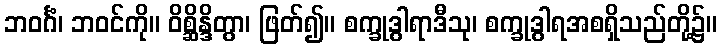
ဘဝင်္ဂံ၊ ဘဝင်ကို။ ဝိစ္ဆိန္ဒိတွာ၊ ဖြတ်၍။ စက္ခုဒွါရာဒီသု၊ စက္ခုဒွါရအစရှိသည်တို့၌။